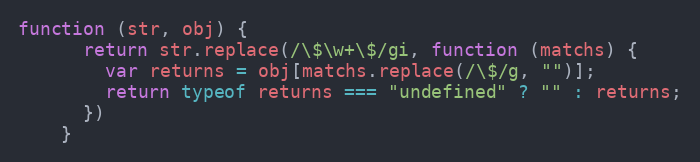
Language: JavaScript
function (str, obj) {
      return str.replace(/\$\w+\$/gi, function (matchs) {
        var returns = obj[matchs.replace(/\$/g, "")];
        return typeof returns === "undefined" ? "" : returns;
      })
    }